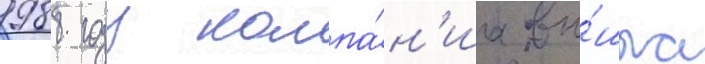
1988 году компа́н'иа вы́шла